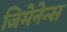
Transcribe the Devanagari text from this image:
जिमेनेन्स